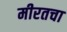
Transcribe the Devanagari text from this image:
मीरतचा